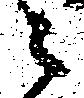
之